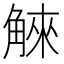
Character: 䚞